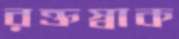
রক্তস্বাক